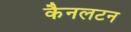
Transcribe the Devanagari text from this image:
कैनलटन